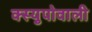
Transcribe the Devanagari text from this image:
क्स्युपोवाली